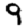
Digit: 9